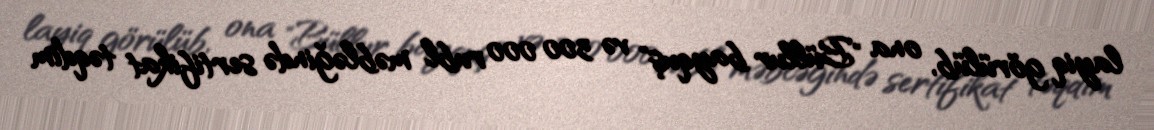
layiq görülüb, ona "Büllur bayquş" və 300 000 rubl məbləğində sertifikat təqdim